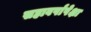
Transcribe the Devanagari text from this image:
सहावर्षांपेक्षा